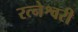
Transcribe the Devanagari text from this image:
रत्नेश्वरी